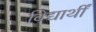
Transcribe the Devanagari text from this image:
विद्यार्थीं